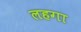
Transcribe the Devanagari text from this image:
लहगा